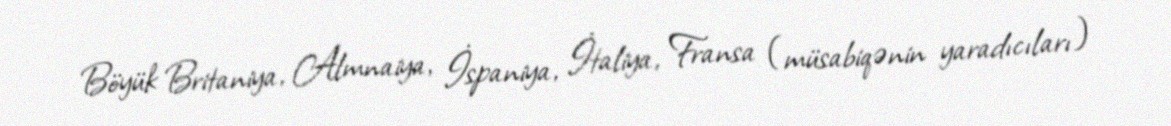
Böyük Britaniya, Almnaiya, İspaniya, İtaliya, Fransa (müsabiqənin yaradıcıları)